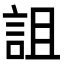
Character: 詛